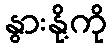
နွားနို့ကို